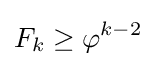
F_{k}\geq \varphi ^{k-2}